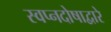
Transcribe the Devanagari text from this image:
स्वप्नदोषाद्वारे